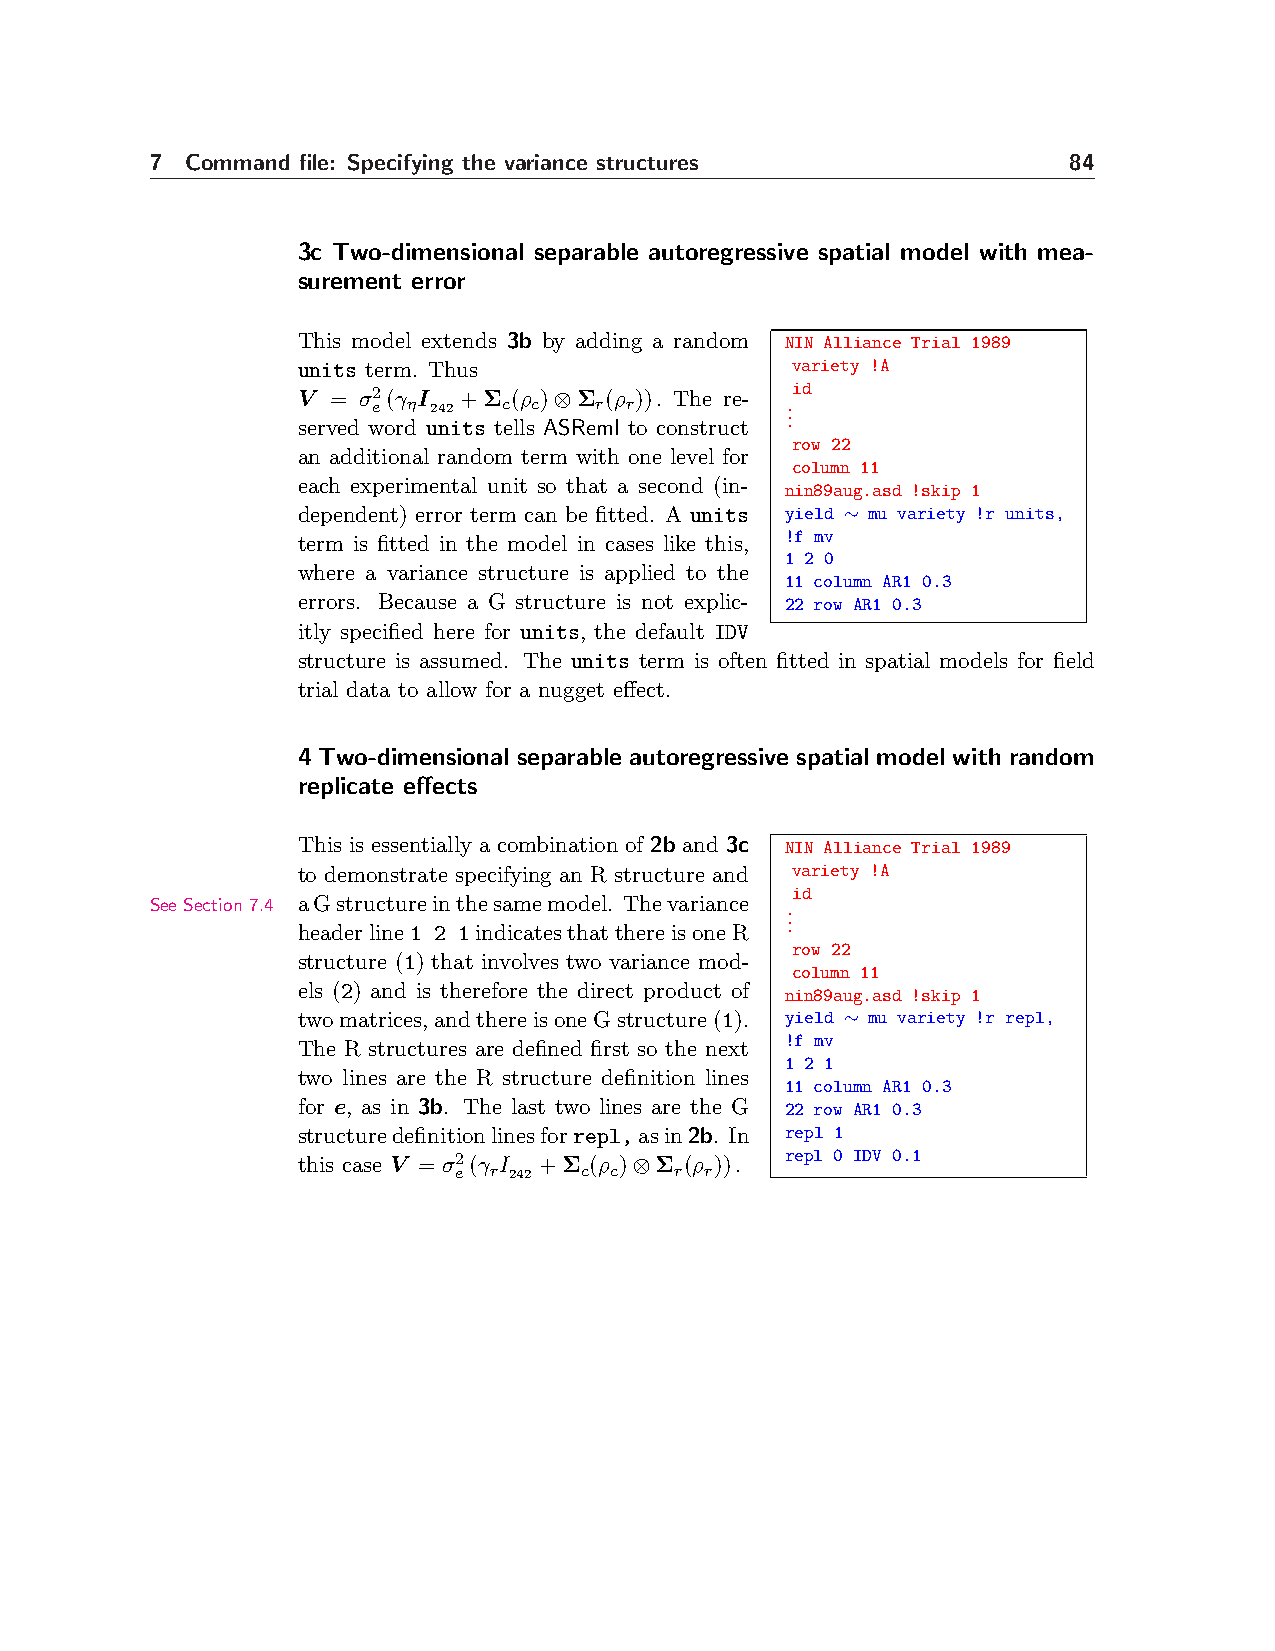
7 Command file: Specifying the variance structures           84
 3c Two-dimensional separable autoregressive spatial model with mea-
 surement error
 This model extends 3b by adding a random NIN Alliance Trial 1989
 units term. Thus                variety !A
 V = σ2(γ I +Σ (ρ )⊗Σ (ρ )). The re- id
 e η 242 c c   r r          . .
 served word units tells ASReml to construct .
 row 22
 an additional random term with one level for
 column 11
 each experimental unit so that a second (in- nin89aug.asd !skip 1
 dependent) error term can be fitted. A units yield ∼ mu variety !r units,
 !f mv
 term is fitted in the model in cases like this,
 1 2 0
 where a variance structure is applied to the
 11 column AR1 0.3
 errors. Because a G structure is not explic- 22 row AR1 0.3
 itly specified here for units, the default IDV
 structure is assumed. The units term is often fitted in spatial models for field
 trial data to allow for a nugget effect.
 4 Two-dimensional separable autoregressive spatial model with random
 replicate effects
 This is essentially a combination of 2b and 3c NIN Alliance Trial 1989
 to demonstrate specifying an R structure and variety !A
 id
 See Section 7.4 aGstructureinthesamemodel. Thevariance .
 .
 headerline1 2 1indicatesthatthereisoneR .
 row 22
 structure (1) that involves two variance mod-
 column 11
 els (2) and is therefore the direct product of nin89aug.asd !skip 1
 twomatrices,andthereisoneGstructure(1). yield ∼ mu variety !r repl,
 !f mv
 The R structures are defined first so the next
 1 2 1
 two lines are the R structure definition lines
 11 column AR1 0.3
 for e, as in 3b. The last two lines are the G 22 row AR1 0.3
 structuredefinitionlinesforrepl,asin2b. In repl 1
 this case V = σ2(γ I +Σ (ρ )⊗Σ (ρ )). repl 0 IDV 0.1
 e r 242 c c    r r